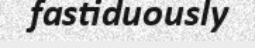
fastiduously